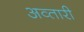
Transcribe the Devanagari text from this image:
अव्तारी